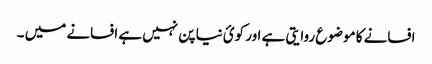
افسانے کا موضوع روایتی ہے اور کوئ نیا پن نہیں ہے افسانے میں ۔